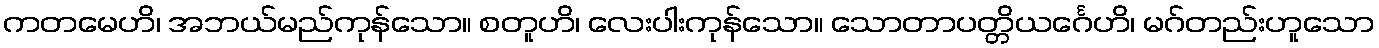
ကတမေဟိ၊ အဘယ်မည်ကုန်သော။ စတူဟိ၊ လေးပါးကုန်သော။ သောတာပတ္တိယင်္ဂေဟိ၊ မဂ်တည်းဟူသော